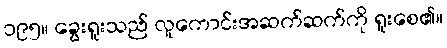
၁၉၅။ ခွေးရူးသည် လူကောင်းအဆက်ဆက်ကို ရူးစေ၏။